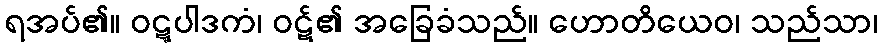
ရအပ်၏။ ဝဋ္ဋပါဒကံ၊ ဝဋ်၏ အခြေခံသည်။ ဟောတိယေဝ၊ သည်သာ၊